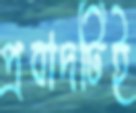
প্রবাদটিই